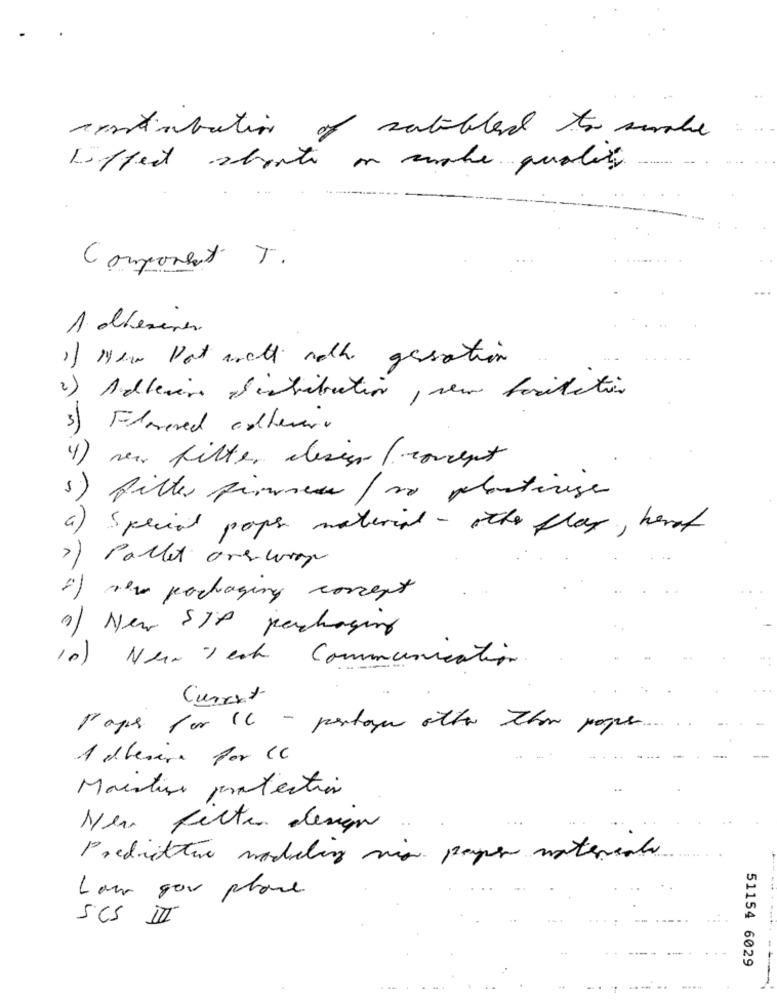
animbutin
of setibland to smoke
Liffect about on make quality
Component T.
1. alderenes
1) New Port well nath gasation
2) Allesive distribution , sem bocitation
3) Flowered adherent
4) near filter design ( covent
1) piller firmes / no plasticise
a) Special poper material - other flax , heraf
2) Pallet one woop
1) How packaging concert
1) New SIP packaging
10 ) New Yeah Communication .
Curryt
Paper for 16 - perhogy other than paper.
Adhesive por cc
Maistin protection
Neu filter design
Predictture modeling via paper materiale
Law you place
SCS I
51154 6029